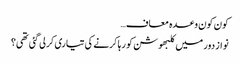
کون کون وعدہ معاف…
نواز دور میں کلبھوشن کو رہا کرنے کی تیاری کرلی گئی تھی؟